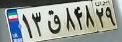
۱۳ق۸۴۸۲۹